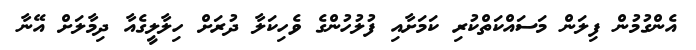
އެންގުމުން ފިލަން މަސައްކަތްކުރި ކަމަށާއި ފުލުހުންގެ ވެހިކަލާ ދުރަށް ހިލާލީގެއާ ދިމާލަށް އޭނާ